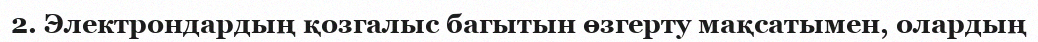
2. Электрондардың қозгалыс багытын өзгерту мақсатымен, олардың